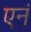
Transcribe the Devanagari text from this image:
एनं